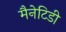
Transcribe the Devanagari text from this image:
मैनेटिडी